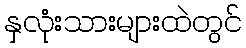
နှလုံးသားများထဲတွင်